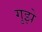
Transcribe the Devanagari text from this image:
गुझे